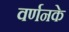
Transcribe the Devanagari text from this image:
वर्णनके